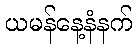
ယမန်နေ့နံနက်